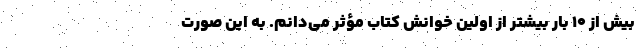
بیش از ۱۰ بار بیشتر از اولین خوانش کتاب مؤثر می‌دانم. به این صورت